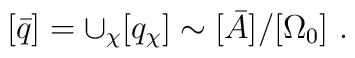
[\bar{q}] = \cup_\chi [q_\chi] \sim [\bar{A}]/[\Omega_0] \ .